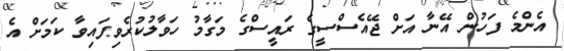
އެންމެ ފަހުން އޭނާ އަށް ޖޭއެސްސީގެ ރައީސްގެ މަގާމު ހަވާލުކުރެވިފައިވާ ކަމަށް އެ